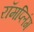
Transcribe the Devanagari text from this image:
रॉमप्लिंग